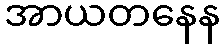
အာယတနေန